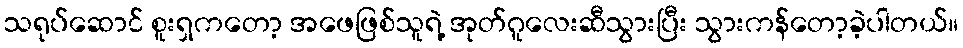
သရုပ်ဆောင် စူးရှကတော့ အဖေဖြစ်သူရဲ့ အုတ်ဂူလေးဆီသွားပြီး သွားကန်တော့ခဲ့ပါတယ်။